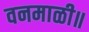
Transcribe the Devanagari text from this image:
वनमाळी॥